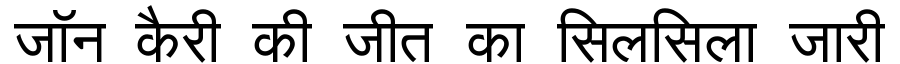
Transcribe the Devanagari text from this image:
जॉन कैरी की जीत का सिलसिला जारी